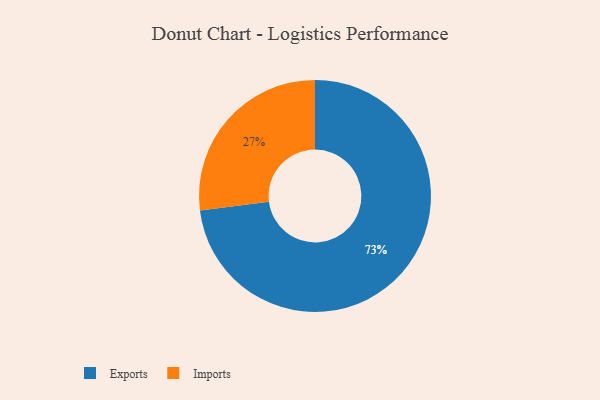
{"axis": {"x": "Category", "y": "Percentage"}, "legend": ["Exports", "Imports"], "data": [{"x": "Exports", "y": 73, "type": "Exports"}, {"x": "Imports", "y": 27, "type": "Imports"}]}